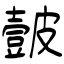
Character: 皼